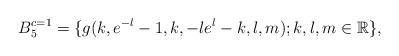
LaTeX: \begin{align*} B_5^{c=1}=\{g(k,e^{-l}-1,k,-le^{l}-k,l,m); k, l, m \in \mathbb R\}, \end{align*}